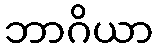
ဘာဂိယာ